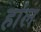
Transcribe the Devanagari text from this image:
हांल